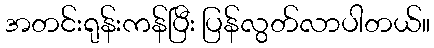
အတင်းရုန်းကန်ပြီး ပြန်လွတ်လာပါတယ်။